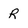
Character: R